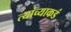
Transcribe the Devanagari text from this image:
त्यांच्याकडं